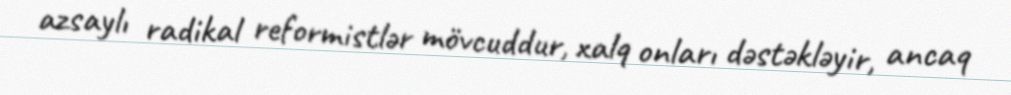
azsaylı radikal reformistlər mövcuddur, xalq onları dəstəkləyir, ancaq